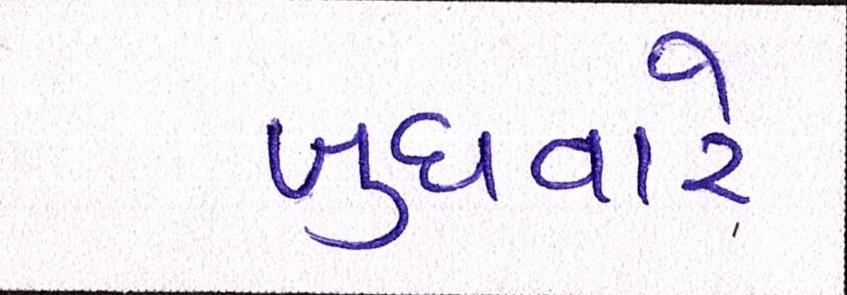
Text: બુધવારે